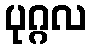
ပုဂ္ဂလ